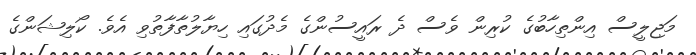
މަޖިލީސް އިންތިހާބުގެ ކުރިން ވެސް ދެ ރައީސުންގެ މެދުގައި ހިޔާލުތާފާތުވި އެވެ. ކޯލިޝަންގެ